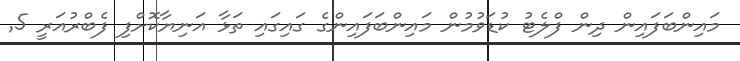
މައިންބަފައިން ދިން ފްލެޓު ކުޑަވުމުން މައިންބަފައިންގެ ގައިގައި ތަޅާ އަނިޔާކޮށްފި ފެބްރުއަރީ 5